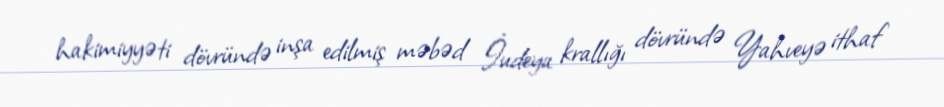
hakimiyyəti dövründə inşa edilmiş məbəd İudeya krallığı dövründə Yahveyə ithaf